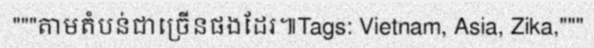
"""តាមតំបន់ជាច្រើនផងដែរ៕Tags: Vietnam, Asia, Zika,"""